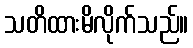
သတိထားမိလိုက်သည်။